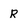
Character: R